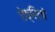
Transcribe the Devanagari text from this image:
ऐक्रिलो